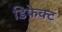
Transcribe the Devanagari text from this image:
डिफेक्‍ट